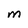
Character: M